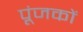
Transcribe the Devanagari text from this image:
पूंजकों